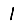
Digit: 1